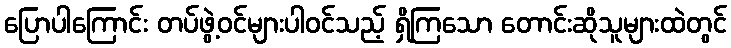
ပြောပါကြောင်း တပ်ဖွဲ့ဝင်များပါဝင်သည့် ရှိကြသော တောင်းဆိုသူများထဲတွင်